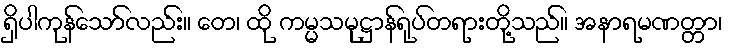
ရှိပါကုန်သော်လည်း။ တေ၊ ထို ကမ္မသမုဋ္ဌာန်ရုပ်တရားတို့သည်။ အနာရမဏတ္တာ၊